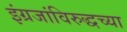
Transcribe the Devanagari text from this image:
इंग्रजांविरुद्धच्या